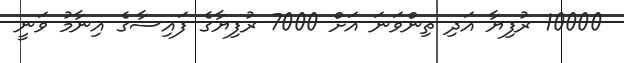
10000 ރުފިޔާ އަދި ތިންވަނަ އަށް 7000 ރުފިޔާގެ ފައިސާގެ އިނާމު ވަނީ